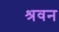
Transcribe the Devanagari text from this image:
श्रवन